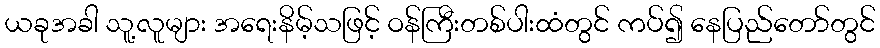
ယခုအခါ သူ့လူများ အရေးနိမ့်သဖြင့် ဝန်ကြီးတစ်ပါးထံတွင် ကပ်၍ နေပြည်တော်တွင်